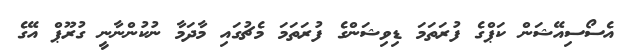
އެސޯސިއޭޝަން ކަޕްގެ ފުރަތަމަ ޑިވިޝަންގެ ފުރަތަމަ މެޗުގައި މާދަމާ ނުކުންނާނީ ގުރޫޕް އޭގެ